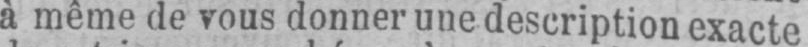
à même de vous donner une description exacte